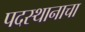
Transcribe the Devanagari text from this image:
पदस्थानाचा